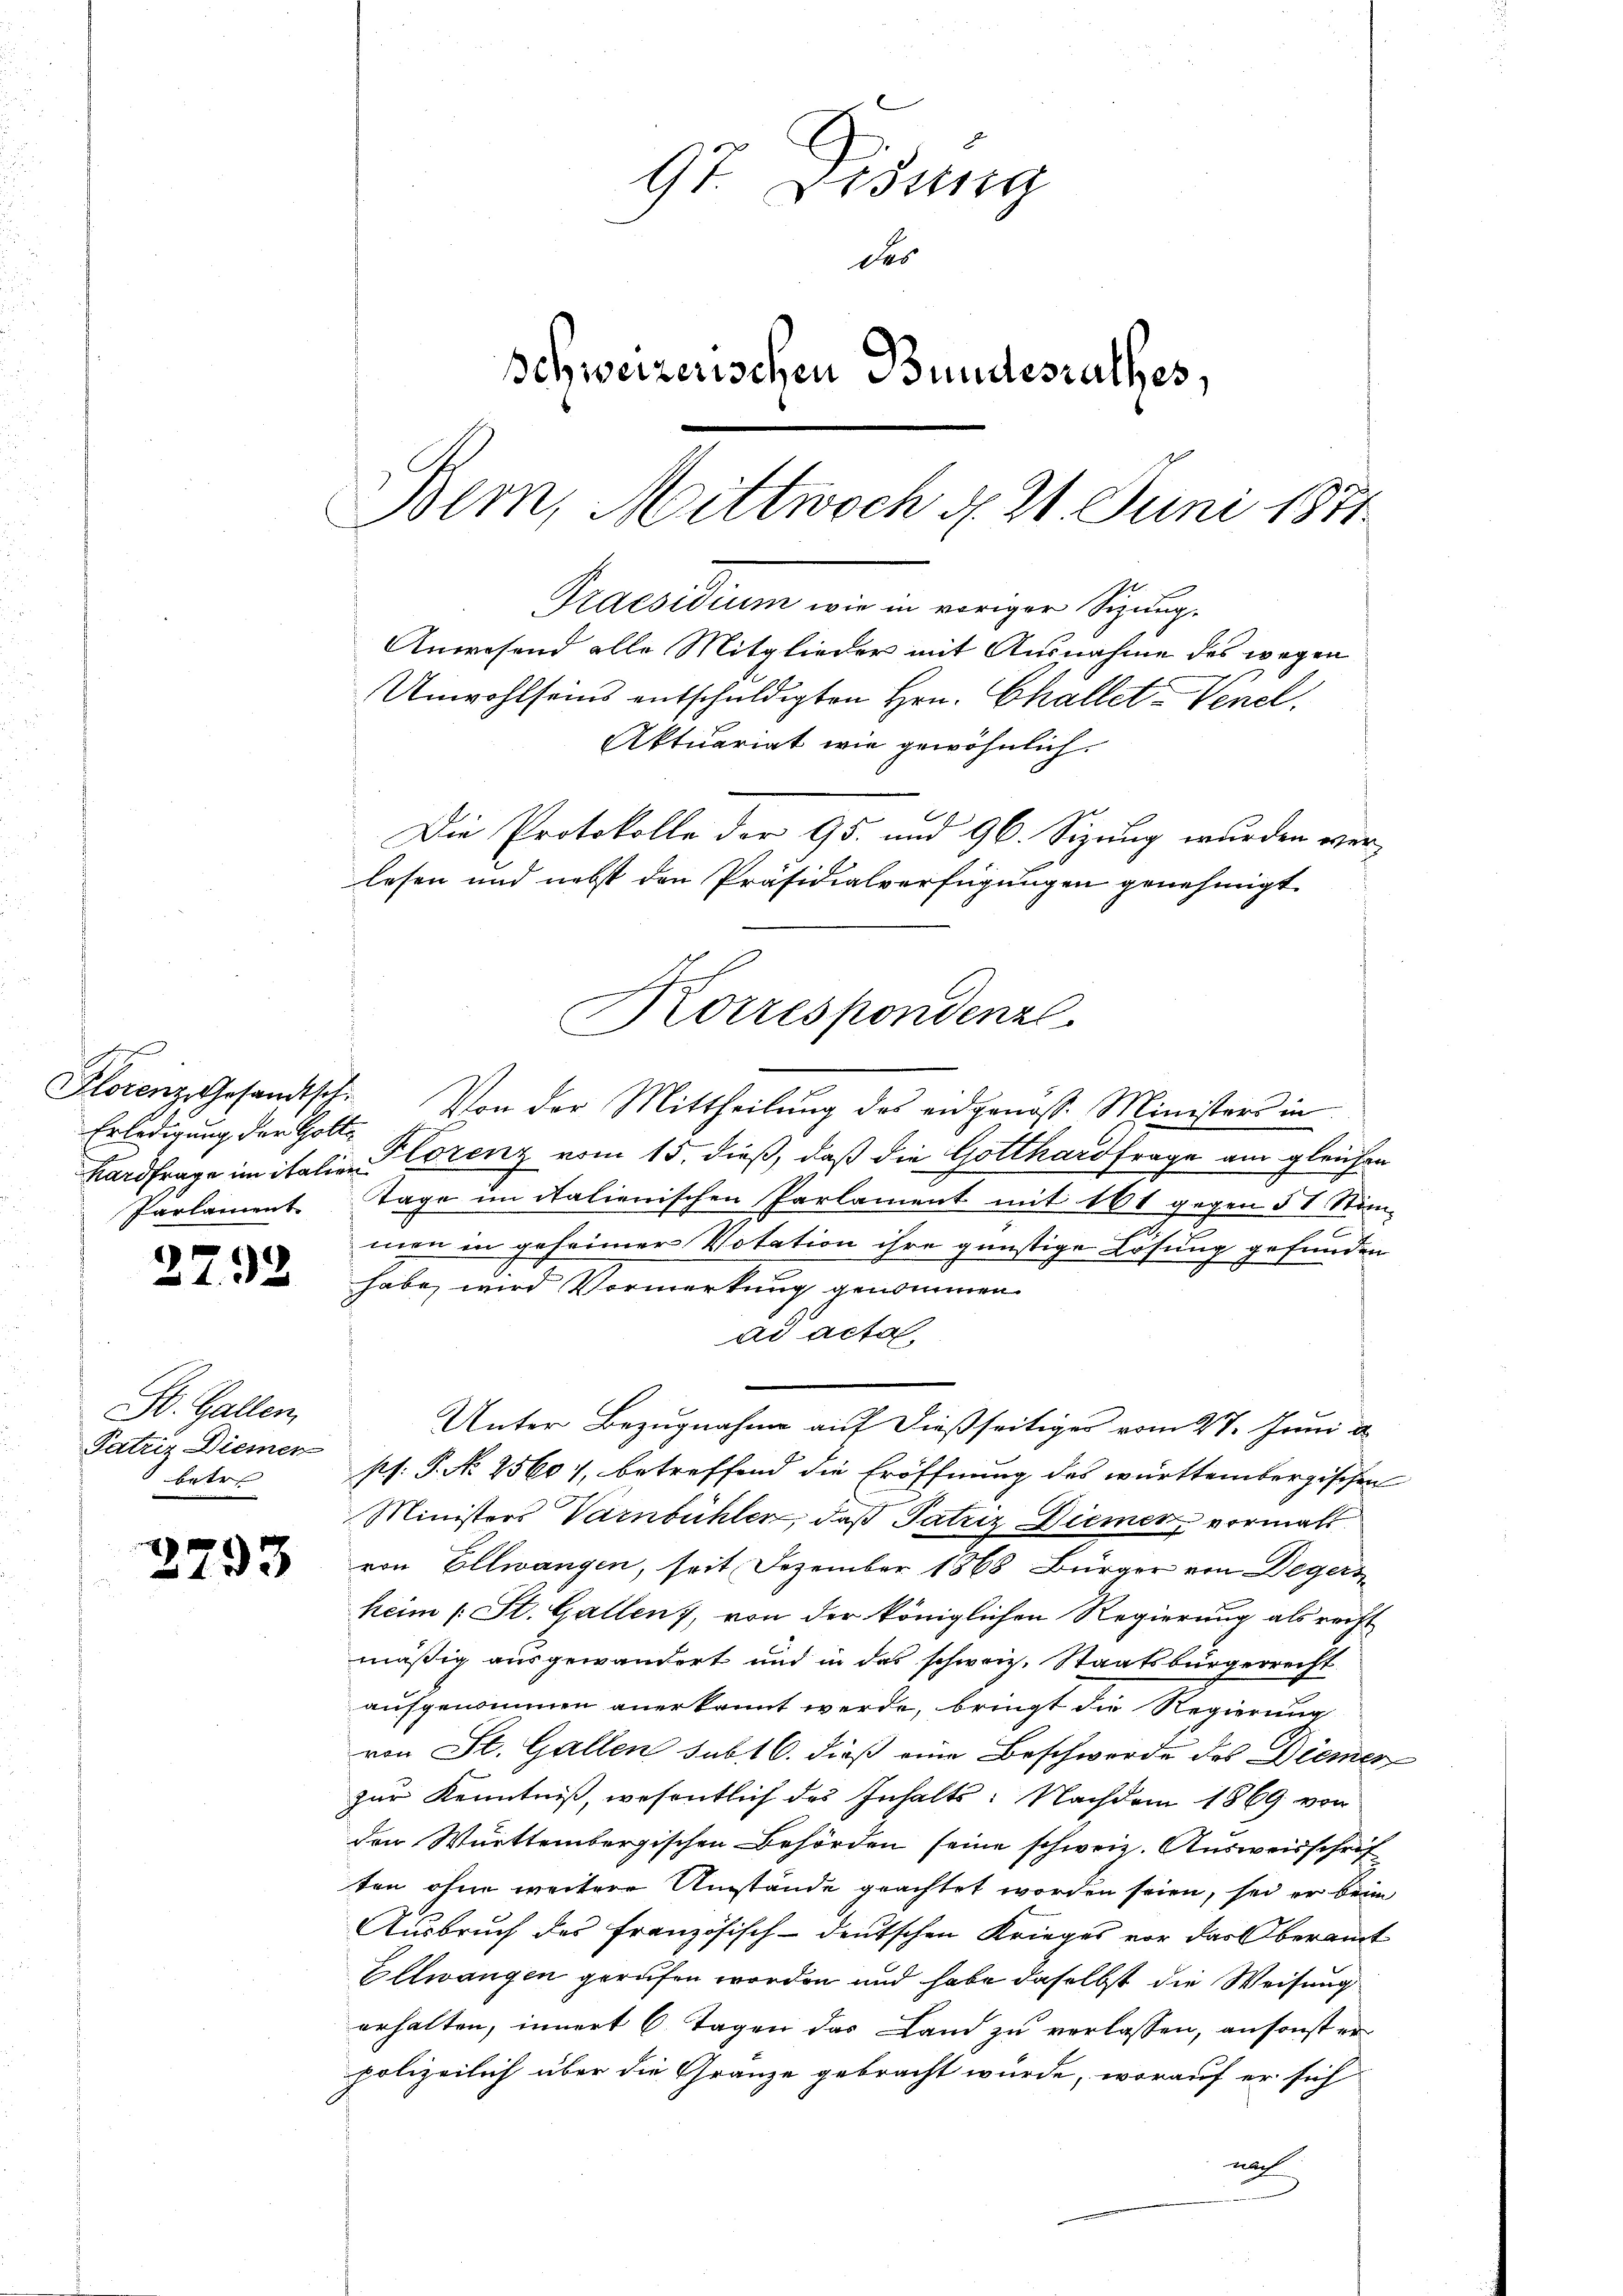
.
Erledigung der Gotte
Parlament

s
132

St. Gallen,
Patriz Diemer
1 betre

3793

97. Disung
des
Schweizerischen Bundesrathes,
Bem, Mittwoch d. 21. Juni 1871.
Praesidium wir in voriger Sitzung.
Anwesend alle Mitglieder mit Ausnahme des wegen
Unwohlseins entschuldigten Hrn. Challet, Venel,
Aktuariat wie gewöhnlich.
Die Protokolle der 95. und 96. Sizung wurden verlesen und nebst den Präsidialverfügungen genehmigt

Korrespondenz

Florenz, Gesandtsch. Von der Mittheilŭng des eidgenoss. Ministers in
Kardfrage im italien Florenz vom 15. dieß, daß die Gotthardfrage am gleichen
Tage im Italienischen Parlament mit 161 gegen § 1 Stim-
1
men in geheimer Votation ihre günstige Lösung gefunden
habe, wird Vormerkung genommen.
ad acta
Unter Bezugnahme auf dießseitiges vom 27. Juni d
ss: P. No 25607, betreffend die Eröffnung des württembergischen
Ministers Varnbühler, daß Patriz Diemen, vormals
von Ellwangen, seit Dezember 1868 Bürger von Degers
heim (: St. Gallen, von der königlichen Regierung als recht
mäßig ausgewandert und in das schweiz. Staatsbürgerrecht
aufgenommen anerkannt werde, bringt die Regierung
von St. Gallen sub 16. dieß eine Beschwerde des Diemer
zur Kenntniß, wesentlich des Inhalts: Nachdem 1869 von
den Württembergischen Behörden seine schweiz. Ausweisschrif
ten ohne weitere Umstände geachtet worden seien, sei er beim
Ausbruch der Französisch-deutschen Krieges vor das Oberamt
Ellwangen gerufen worden und habe daselbst die Weisung
erhalten, innert 6 Tagen das Land zu verlassen, ansonst er
polizeilich über die Gränze gebracht würde, worauf er sich
nach